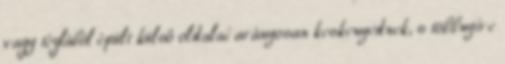
vagy téglából épült külső oldalai arányosan keskenyednek, s többnyire